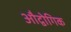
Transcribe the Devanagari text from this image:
औद्वोगिक